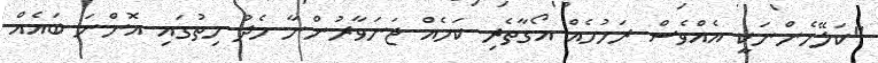
"ކަލޭމެންނަކީ އެއްވެސް ރަހުމެއް އޯގާތެރި ކަމެއް ޖަނަވާރުންނާ މެދު ހިތުގައި އޮންނަ ބައެއް